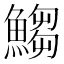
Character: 𩺥